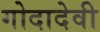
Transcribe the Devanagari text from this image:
गोदादेवी